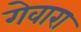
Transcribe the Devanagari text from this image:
गेवारा